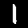
Digit: 1